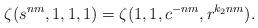
LaTeX: \begin{align*}\zeta(s^{nm},1,1,1)=\zeta(1,1,c^{-nm},r^{k_2nm}).\end{align*}